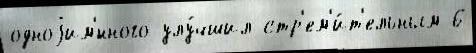
одноjим'́нного улу́чшил стр'ем'и́т'ельным 6